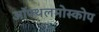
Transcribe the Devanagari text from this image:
ऑफ्थलमोस्कोप